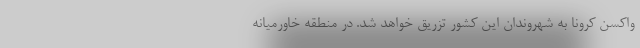
واکسن کرونا به شهروندان این کشور تزریق خواهد شد. در منطقه خاورمیانه